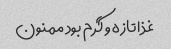
غذا تازه و گرم بود ممنون